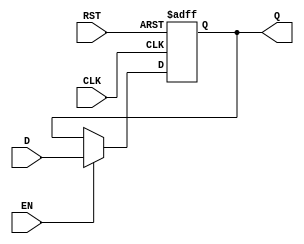
module DataRegister #(
    parameter WIDTH = 8  // Parameter to define the bit width of the register
)(
    input  wire [WIDTH-1:0] D,     // Data input
    input  wire CLK,                // Clock signal
    input  wire RST,                // Asynchronous reset
    input  wire EN,                 // Enable signal
    output reg  [WIDTH-1:0] Q       // Data output
);

// On the rising edge of the clock or when reset is asserted
always @(posedge CLK or posedge RST) begin
    if (RST) begin
        Q <= {WIDTH{1'b0}};          // Clear the register (set to 0)
    end else if (EN) begin
        Q <= D;                      // Update the register with input data
    end
end

endmodule